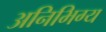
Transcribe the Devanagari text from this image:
अनिभिग्य